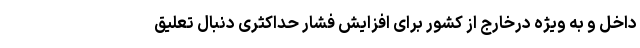
داخل و به ویژه درخارج از کشور برای افزایش فشار حداکثری دنبال تعلیق